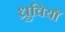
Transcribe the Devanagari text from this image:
ध्रुवियाँ